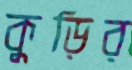
কুড়ির